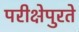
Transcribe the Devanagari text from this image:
परीक्षेपुरते